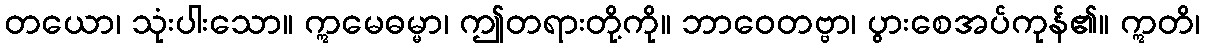
တယော၊ သုံးပါးသော။ ဣမေဓမ္မာ၊ ဤတရားတို့ကို။ ဘာဝေတဗ္ဗာ၊ ပွားစေအပ်ကုန်၏။ ဣတိ၊